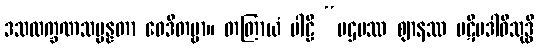
ဒသလက္ခဏသမ္ပန္နတာ ဝေဒိတဗ္ဗာ။ တတြာယံ ပါဠိ “ပဌမဿ ဈာနဿ ပဋိပဒါဝိသုဒ္ဓိ